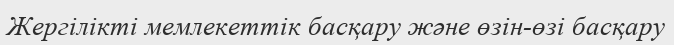
Жергілікті мемлекеттік басқару және өзін-өзі басқару